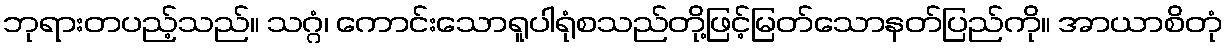
ဘုရားတပည့်သည်။ သဂ္ဂံ၊ ကောင်းသောရူပါရုံစသည်တို့ဖြင့်မြတ်သောနတ်ပြည်ကို။ အာယာစိတုံ